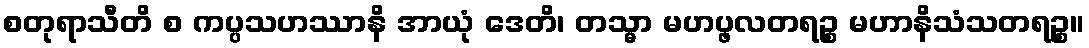
စတုရာသီတိ စ ကပ္ပသဟဿာနိ အာယုံ ဒေတိ၊ တသ္မာ မဟပ္ဖလတရဉ္စ မဟာနိသံသတရဉ္စ။